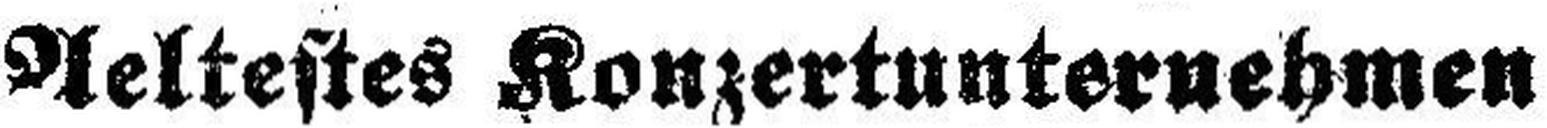
Aeltestes Konzertunternehmen